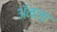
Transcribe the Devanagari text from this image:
ॲनला